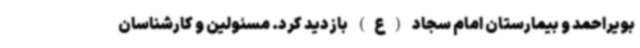
بویراحمد و بیمارستان امام سجاد (ع) بازدید کرد. مسئولین و کارشناسان